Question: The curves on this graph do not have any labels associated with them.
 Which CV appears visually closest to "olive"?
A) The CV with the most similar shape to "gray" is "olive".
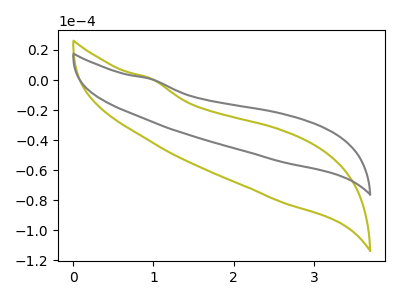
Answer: <think>The olive curve "olive" has no peaks. The gray curve "gray" has no peaks.
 Neither "olive" or "gray" have any peaks.</think>
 <answer>A) The CV with the most similar shape to "gray" is "olive".</answer>
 <eval>A</eval>